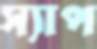
স্যাপ